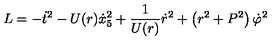
L = - { \dot { t } } ^ { 2 } - U ( r ) { \dot { x } _ { 5 } } ^ { 2 } + \frac { 1 } { U ( r ) } { \dot { r } } ^ { 2 } + \left( r ^ { 2 } + P ^ { 2 } \right) { \dot { \varphi } } ^ { 2 }